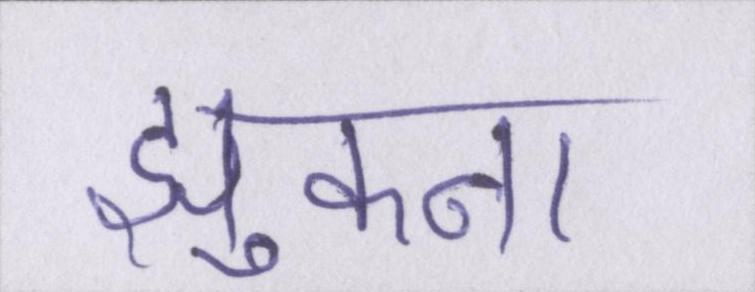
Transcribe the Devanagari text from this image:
झुकना